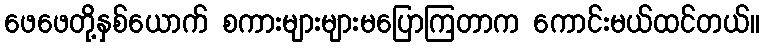
ဖေဖေတို့နှစ်ယောက် စကားများများမပြောကြတာက ကောင်းမယ်ထင်တယ်။